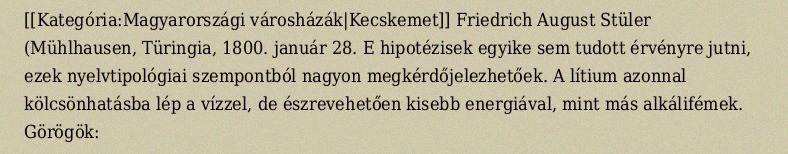
[[Kategória:Magyarországi városházák|Kecskemet]] Friedrich August Stüler (Mühlhausen, Türingia, 1800. január 28. E hipotézisek egyike sem tudott érvényre jutni, ezek nyelvtipológiai szempontból nagyon megkérdőjelezhetőek. A lítium azonnal kölcsönhatásba lép a vízzel, de észrevehetően kisebb energiával, mint más alkálifémek. Görögök: